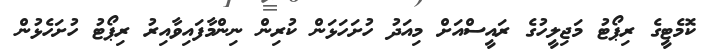
ކޮމެޓީގެ ރިޕޯޓު މަޖިލީހުގެ ރައީސްއަށް މިއަދު ހުށަހަޅަން ކުރިން ނިންމާފައިވާއިރު ރިޕޯޓު ހުށަހެޅުން